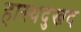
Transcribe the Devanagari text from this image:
हास्यदुखद